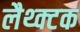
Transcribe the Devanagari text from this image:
लैथ्क्टक